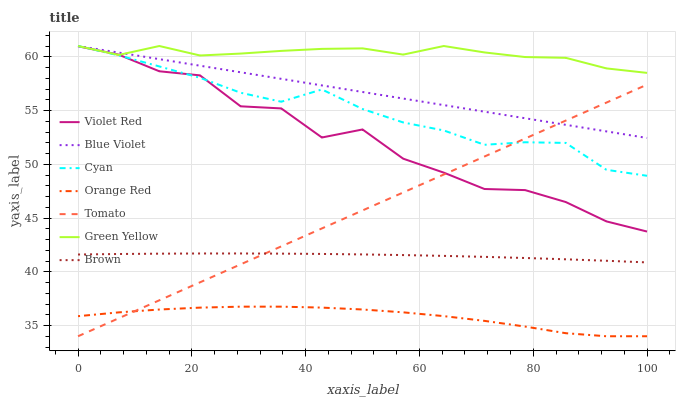
| xaxis_label | Violet Red | Blue Violet | Cyan | Orange Red | Tomato | Green Yellow | Brown |
 | --- | --- | --- | --- | --- | --- | --- | --- |
 | 0 | 61 | 61 | 61 | 35.9 | 34 | 61 | 41.6 |
 | 7.14 | 60.2 | 60.4 | 60.1 | 36.2 | 35.7 | 60.2 | 41.7 |
 | 14.3 | 58.6 | 59.8 | 59.1 | 36.5 | 37.3 | 61 | 41.7 |
 | 21.4 | 58.3 | 59.2 | 58 | 36.7 | 39 | 60.1 | 41.7 |
 | 28.6 | 55.4 | 58.6 | 56.7 | 36.8 | 40.7 | 60.3 | 41.7 |
 | 35.7 | 55.2 | 57.9 | 55.8 | 36.8 | 42.4 | 60.5 | 41.7 |
 | 42.9 | 52.5 | 57.3 | 57 | 36.7 | 44 | 60.7 | 41.7 |
 | 50 | 53.2 | 56.7 | 55.1 | 36.5 | 45.7 | 60.8 | 41.6 |
 | 57.1 | 50.5 | 56.1 | 53.9 | 36.2 | 47.4 | 60.2 | 41.6 |
 | 64.3 | 49.2 | 55.5 | 53.1 | 35.9 | 49 | 61 | 41.5 |
 | 71.4 | 47.7 | 54.9 | 51.8 | 35.4 | 50.7 | 60.4 | 41.4 |
 | 78.6 | 47.6 | 54.3 | 52 | 34.9 | 52.4 | 60 | 41.3 |
 | 85.7 | 46.5 | 53.7 | 52 | 34.3 | 54.1 | 59.9 | 41.2 |
 | 92.9 | 44.7 | 53.1 | 49.5 | 34 | 55.7 | 58.9 | 41 |
 | 100 | 43.7 | 52.4 | 48.9 | 34 | 57.4 | 58.5 | 40.9 |